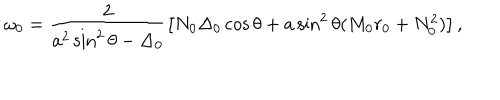
\omega _ { 0 } = \frac { 2 } { a ^ { 2 } \sin ^ { 2 } \theta - \Delta _ { 0 } } \left[ N _ { 0 } \Delta _ { 0 } \cos \theta + a \sin ^ { 2 } \theta ( M _ { 0 } r _ { 0 } + N _ { 0 } ^ { 2 } ) \right] ,